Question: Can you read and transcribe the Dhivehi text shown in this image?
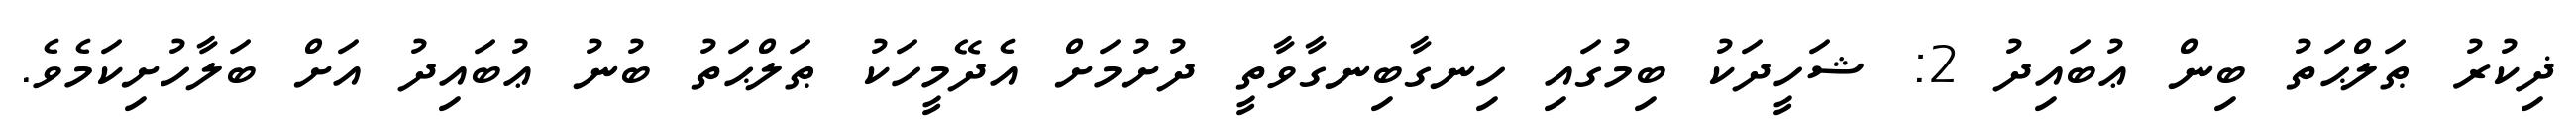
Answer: ޛިކުރު ޠަލްޙަތު ބިން ޢުބައިދު 2: ޝަހީދަކު ބިމުގައި ހިނގާބިނގާވާތީ ދުށުމަށް އެދޭމީހަކު ޠަލްޙަތު ބުނު ޢުބައިދު އަށް ބަލާހުށިކަމެވެ.